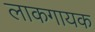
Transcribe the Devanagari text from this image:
लाकगायक